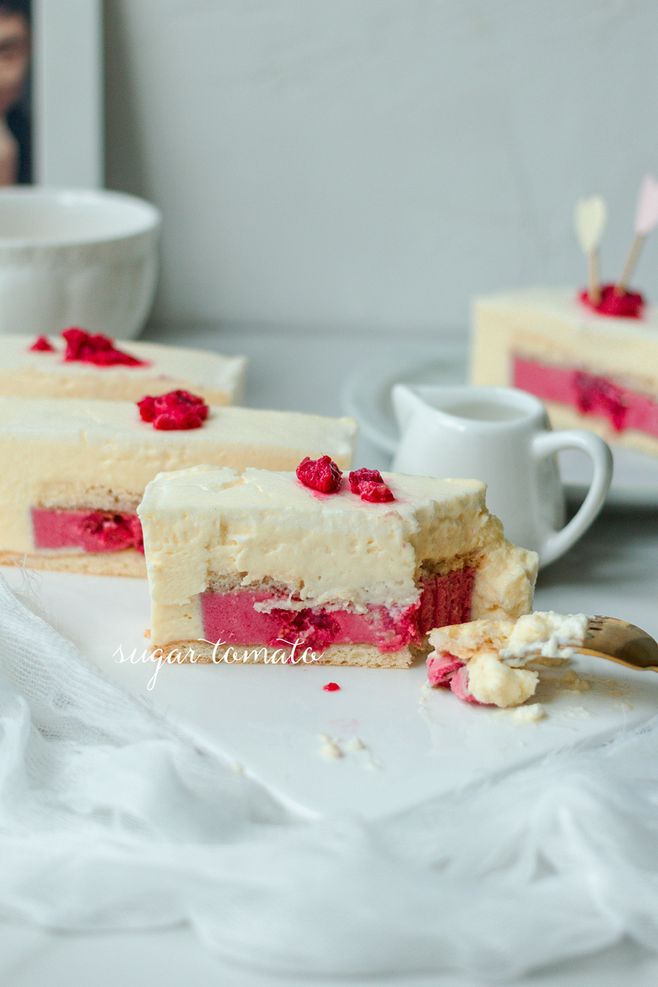
雪沫乳花浮午盏，蓼茸蒿笋试春盘。